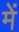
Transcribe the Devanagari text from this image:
में